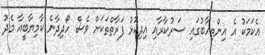
އެކަމަކު އެ އިންތިހާބުގައި ސަރުކާރާއި އިދިކޮޅު ފަރާތްތަކަށް ވެސް ހޯދިދާނެ ކާމިޔާބީއާ މެދު